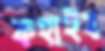
কহাইব